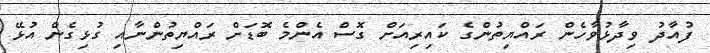
ފުއާދު ވިދާޅުވާހެން ރައްޔިތުންގެ ކައިރިއަށް ގޮސް އެންމެ ބޮޑަށް ރައްޔިތުންނާއި ގުޅިގެން އުޅޭ